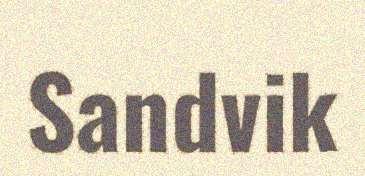
Sandvik